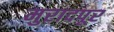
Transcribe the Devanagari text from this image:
मुरादपूर